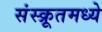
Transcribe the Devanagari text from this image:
संस्क्रूतमध्ये